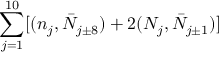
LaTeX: \sum _ { j = 1 } ^ { 1 0 } [ ( n _ { j } , \bar { N } _ { j \pm 8 } ) + 2 ( N _ { j } , \bar { N } _ { j \pm 1 } ) ]